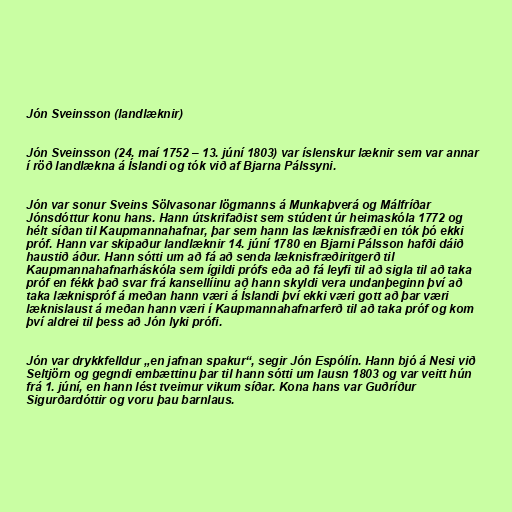
Jón Sveinsson (landlæknir)

Jón Sveinsson (24. maí 1752 – 13. júní 1803) var íslenskur læknir sem var annar
í röð landlækna á Íslandi og tók við af Bjarna Pálssyni.

Jón var sonur Sveins Sölvasonar lögmanns á Munkaþverá og Málfríðar
Jónsdóttur konu hans. Hann útskrifaðist sem stúdent úr heimaskóla 1772 og
hélt síðan til Kaupmannahafnar, þar sem hann las læknisfræði en tók þó ekki
próf. Hann var skipaður landlæknir 14. júní 1780 en Bjarni Pálsson hafði dáið
haustið áður. Hann sótti um að fá að senda læknisfræðiritgerð til
Kaupmannahafnarháskóla sem ígildi prófs eða að fá leyfi til að sigla til að taka
próf en fékk það svar frá kansellíinu að hann skyldi vera undanþeginn því að
taka læknispróf á meðan hann væri á Íslandi því ekki væri gott að þar væri
læknislaust á meðan hann væri í Kaupmannahafnarferð til að taka próf og kom
því aldrei til þess að Jón lyki prófi.

Jón var drykkfelldur „en jafnan spakur“, segir Jón Espólín. Hann bjó á Nesi við
Seltjörn og gegndi embættinu þar til hann sótti um lausn 1803 og var veitt hún
frá 1. júní, en hann lést tveimur vikum síðar. Kona hans var Guðríður
Sigurðardóttir og voru þau barnlaus.